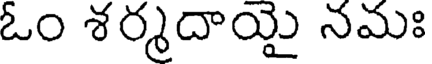
ఓం శర్మదాయై నమః